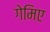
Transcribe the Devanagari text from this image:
गेमिए